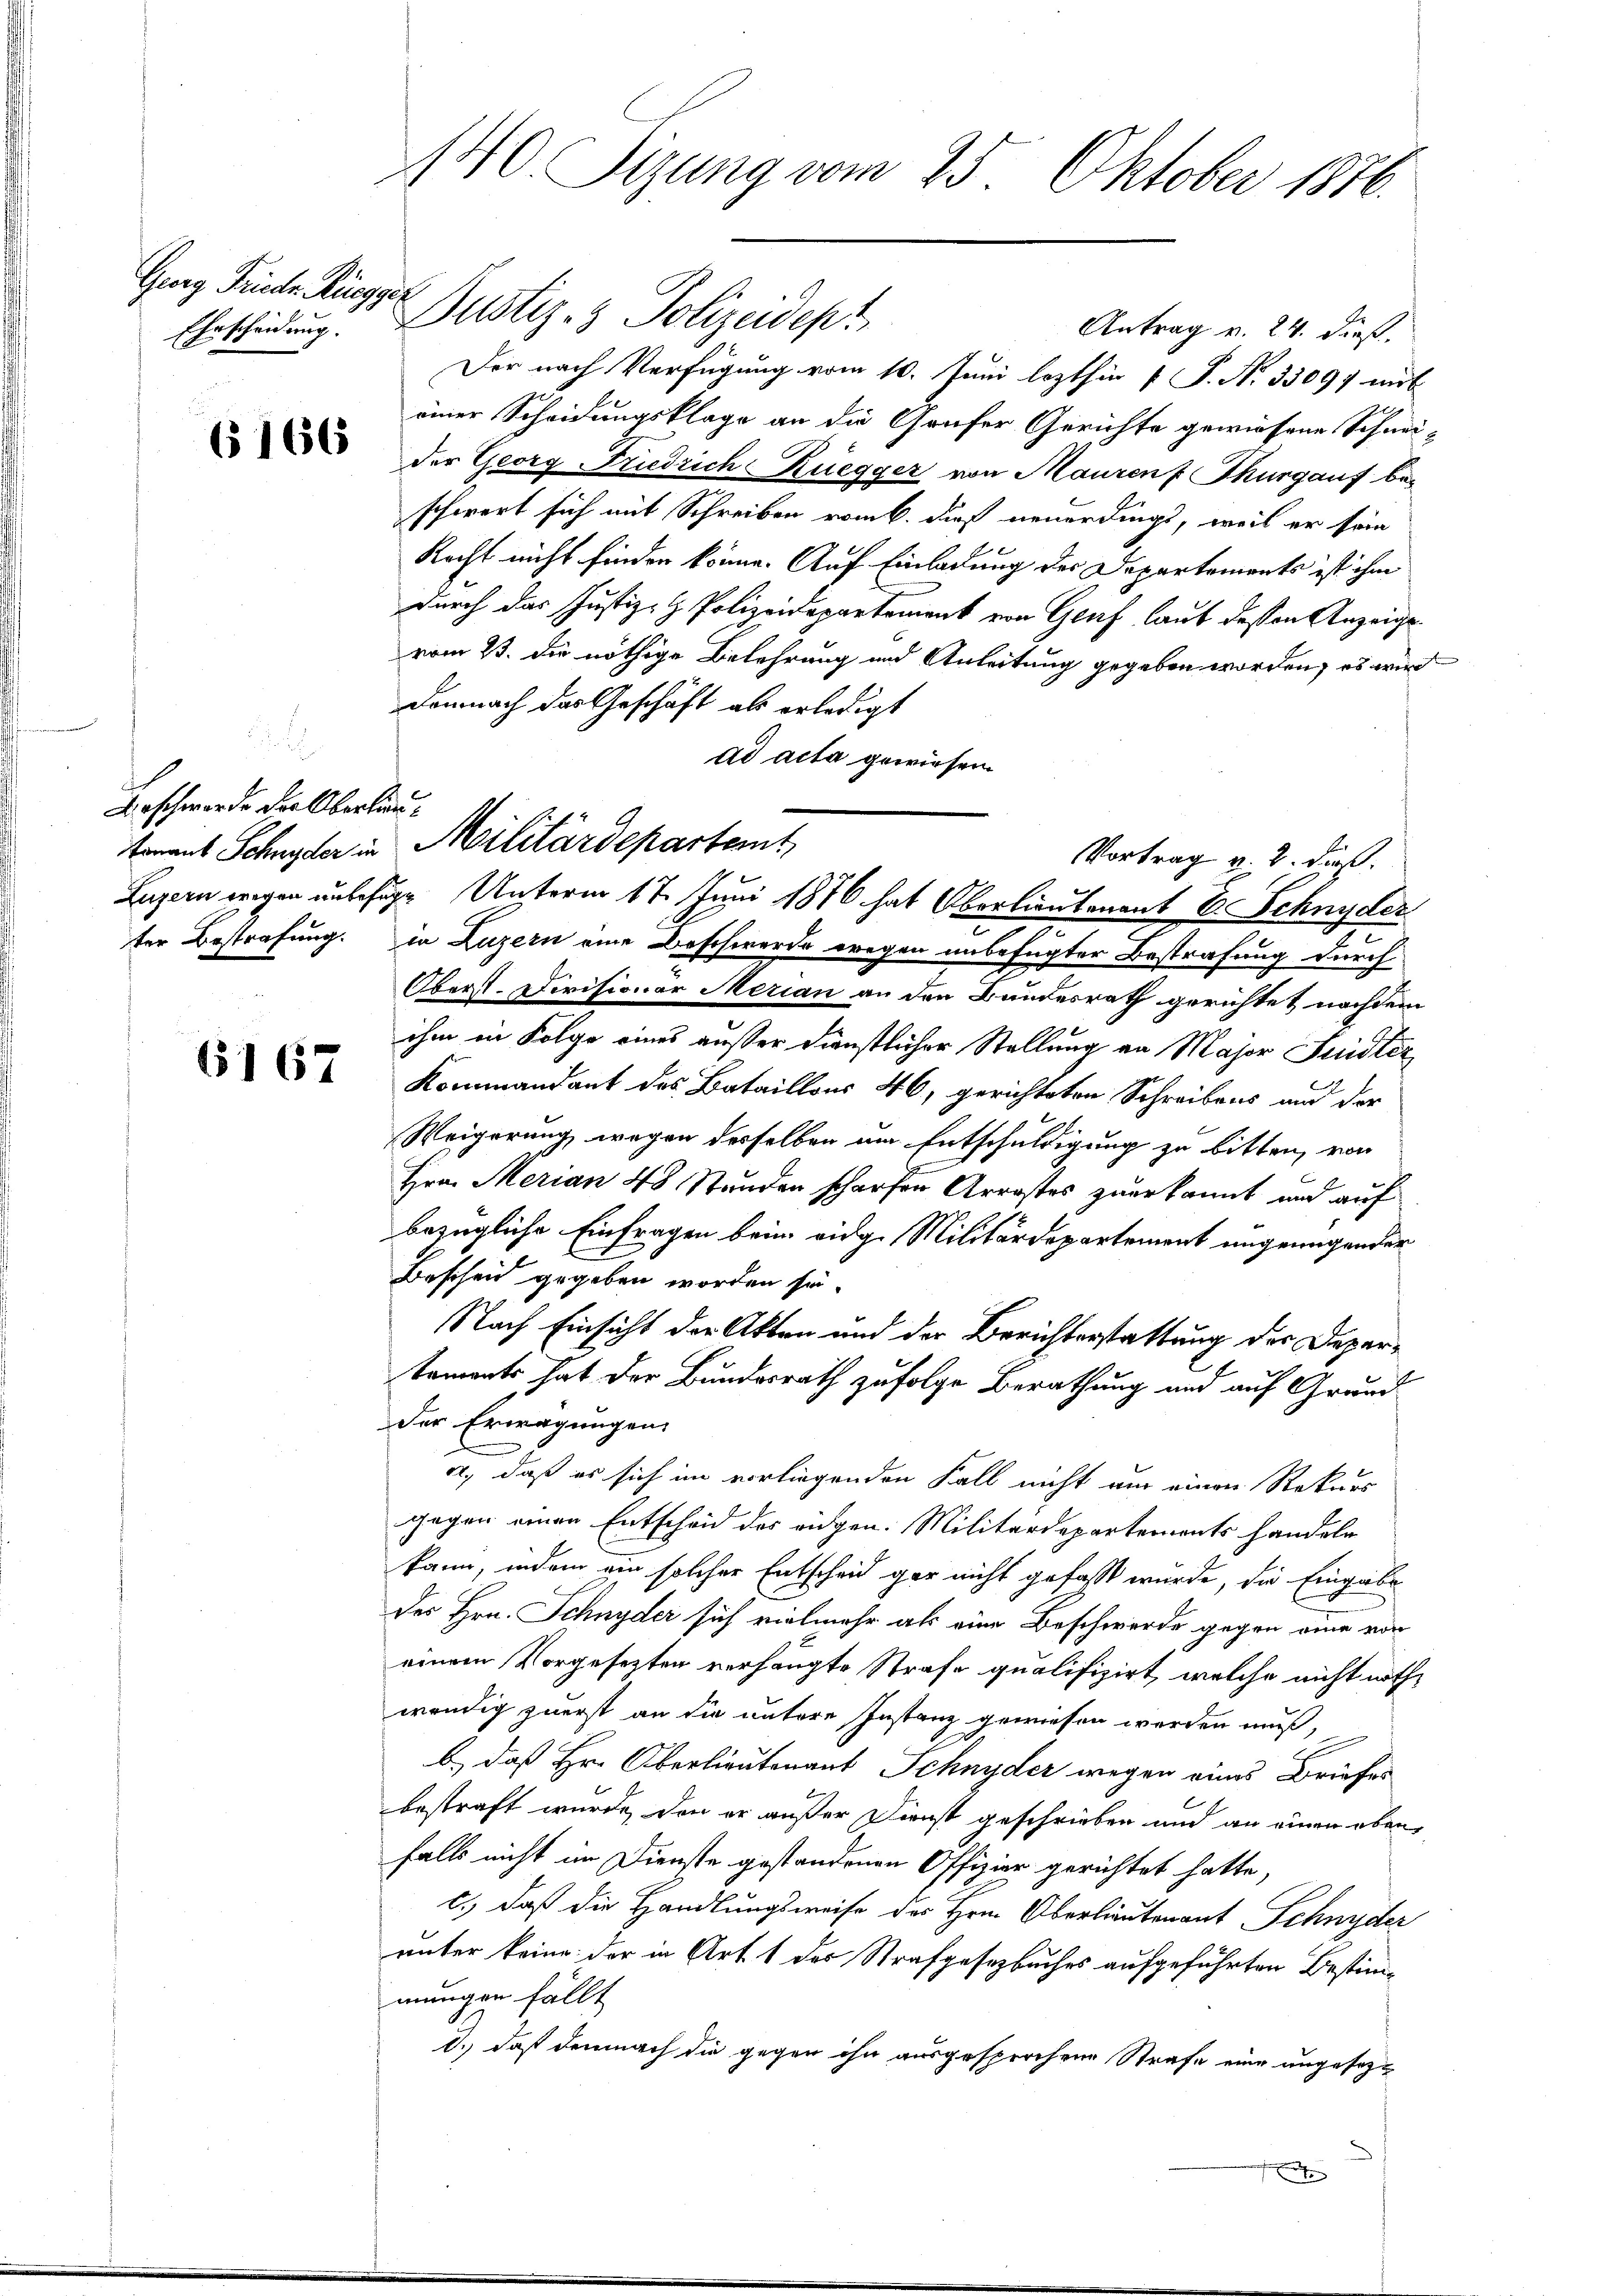
Guag Friedr. Rüeggez
Ehrscheidung. |

(166

Beschwerde der Oberlau¬

6167

140. Sizung vom 25. Oktober 1876.

Justiz- & Polizeidept
Antrag v. 24. dieß.
Der nach Verfügung vom 10. Juni lezthin 1 S. N. 33097 mit
einer Scheidungsklage an die Gaufer Gerichte gewiesene Schnei-
der Georg Friedrich Ruegger von Mauren Thurgauf beschwert sich mit Schreiben vom 6. dieß neuerdings, weil er sein
Recht nicht finden könne. Auf Einladung der Departements ist ihm
durch das Justiz- & Polizeidepartement von Genf, laut dessen Anzeigevom 2. die nöthige Belehrung und Anleitung gegeben worden, es wird
Demnach das Geschäft als erledigt
ad acta gewiesen.
ter Bestrafung. in Luzern eine Beschwerde wegen unbefugter Bestrafung durch
Oberst. Divisionar Merian an den Bundesrath gerichtet nachdem
ihm in Folge eines außer dienstlicher Stellung an Major Frister
Kommandant des Bataillons 46, gerichteten Schreibens und der
Weigerung, wegen desselben um Entschuldigung zu bitten, von
Hrn. Merian 48 Stunden scharfen Arrostes zuerkannt und auf
bezügliche Einfragen beim eidg. Militärdepartement angenügender
Bescheid gegeben worden sei.
Nach Einsicht der Akten und der Berichterstattung der Departements hat der Bundesrath zufolge Berathung und auf Grund
der Erwägungen,
A., daß es sich im vorliegenden Fall nicht aus einen Rekurs
gegen einen Entscheid des eidgen. Militärdepartements handeln
kann, indem ein solcher Entscheid gar nicht gefasst wurde, die Eingabe
des Hrn. Schnyder sich vielmehr als eine Beschwerde gegen eine von
einem Vorgesetzten verhängte Strafe qualifizirt, welche nicht nothwendig zuerst an die untere Instanz gewiesen werden muß,
b.) daß Hr. Oberlieutenant Schnyder wegen eines Briefes
bestraft wurde, den er außer Dienst geschrieben und an einen eben,
falls nicht im Dienste gestandenen Offizier gerichtet hatte,
c.) daß die Handlungsweise des Hrn. Oberlieutenant Schnyder
unter keine der in Art. 1 des Strafgesetzbuches aufgeführten Bestimmungen fällt
d.) daß demnach die gegen ihn ausgesprochene Strafe eine angesez¬

tonent Schnyder in Militärdepartemt,
Vortrag v. 2. dieß.
Luzern wegen unbefugen Unterm 17. Juni 1876 hat Oberlieutenant E. Schnyder